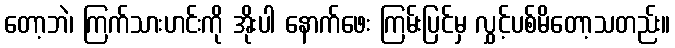
တော့ဘဲ၊ ကြက်သားဟင်းကို အိုးပါ နောက်ဖေး ကြမ်းပြင်မှ လွှင့်ပစ်မိတော့သတည်း။